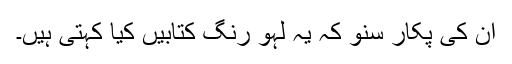
ان کی پکار سنو کہ یہ لہو رنگ کتابیں کیا کہتی ہیں۔